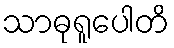
သာဓုရူပေါတိ